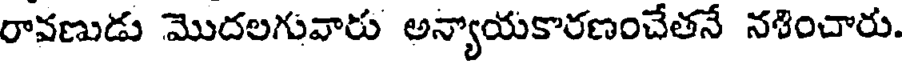
రావణుడు మొదలగువారు అన్యాయకారణంచేతనే నశించారు.